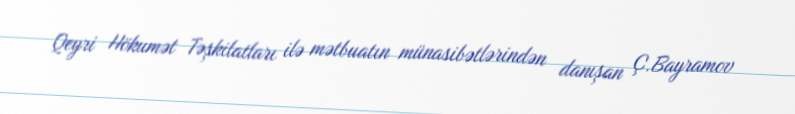
Qeyri Hökumət Təşkilatları ilə mətbuatın münasibətlərindən danışan Ç.Bayramov